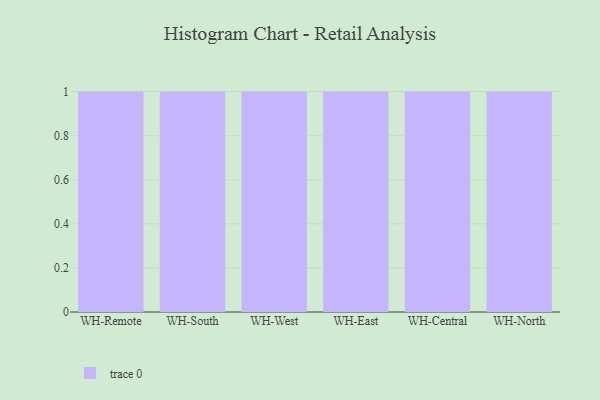
{"axis": {"x": "Warehouse", "y": "Gross Profit (USD K)"}, "legend": [""], "data": [{"x": "WH-Remote", "y": 23, "type": ""}, {"x": "WH-South", "y": 45, "type": ""}, {"x": "WH-West", "y": 57, "type": ""}, {"x": "WH-East", "y": 69, "type": ""}, {"x": "WH-Central", "y": 76, "type": ""}, {"x": "WH-North", "y": 10, "type": ""}]}